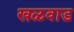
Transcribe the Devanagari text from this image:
खळवाड